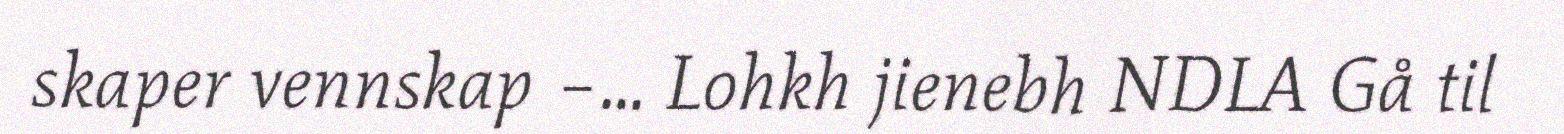
skaper vennskap –... Lohkh jienebh NDLA Gå til